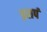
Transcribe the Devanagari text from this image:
इसपं